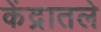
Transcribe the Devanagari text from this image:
केंद्रातले